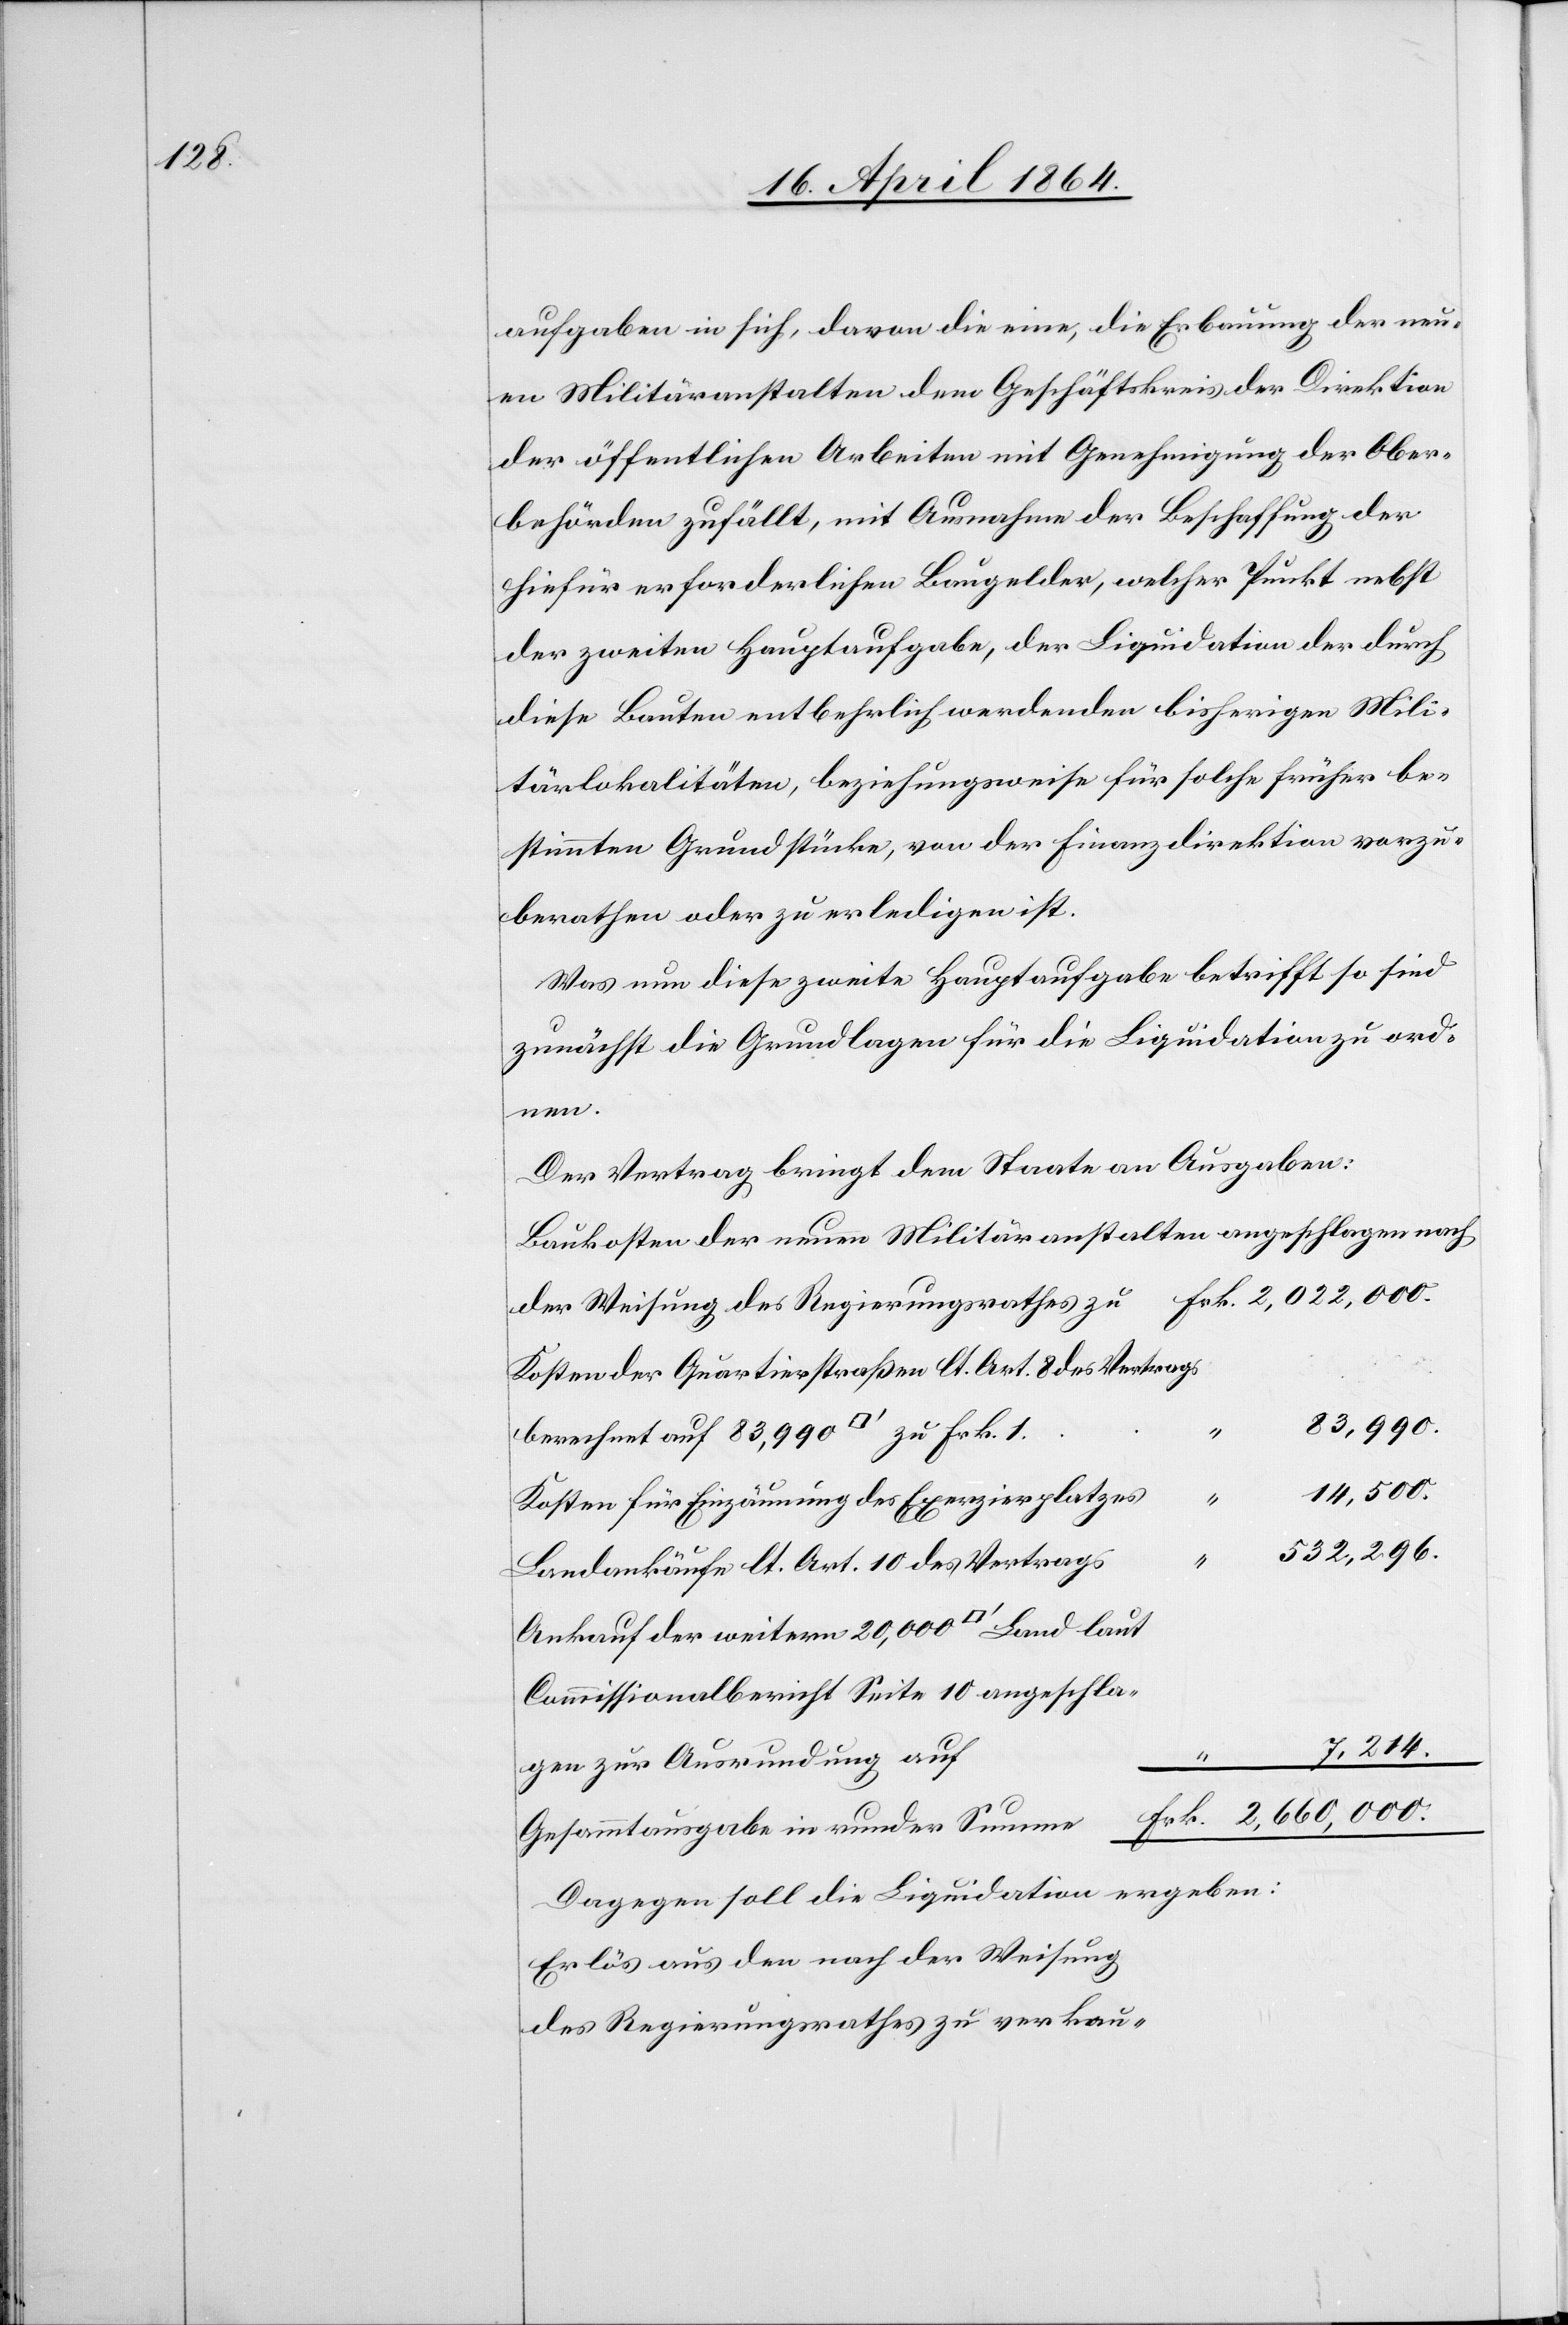
aufgaben in sich, davon die eine, die Erbauung der neu¬
en Militäranstalten dem Geschäftskreis der Direktion
der öffentlichen Arbeiten mit Genehmigung der Ober¬
behörden zufällt, mit Ausnahme der Beschaffung der
hiefür erforderlichen Baugelder, welcher Punkt nebst
der zweiten Hauptaufgabe, der Liquidation der durch
diese Bauten entbehrlich werdenden bisherigen Mili¬
tärlokalitäten, beziehungsweise für solche früher be¬
stimmten Grundstücke, von der Finanzdirektion vorzu¬
berathen oder zu erledigen ist.
Was nun diese zweite Hauptaufgabe betrifft so sind
zunächst die Grundlagen für die Liquidation zu ord¬
nen.
Der Vertrag bringt dem Staate an Ausgaben:
Baukosten der neuen Militäranstalten angeschlagen nach
der Weisung des Regierungsrathes
Kosten der Quartierstraßen lt. Art. 8 des Vertrags
83,990.
14,500.
Kosten für Einzäunung des Exerzierplatze¬
532,296.
Landankäufe lt. Art. 10 des Vertrag¬
Ankauf der weitern 20,000 [Quadratfuss] Land
Commissionalbericht Seite 10 angeschlagen
7,214.
e						F¬
rk. 2,660,000.
Gesammtausgabe in runder Summ¬
Dagegen soll die Liquidation ergeben:
Erlös aus den nach der Weisung
des Regierungsrathes zu verkau-